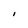
Character: I